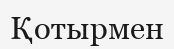
Қотырмен